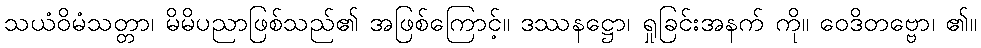
သယံဝိမံသတ္တာ၊ မိမိပညာဖြစ်သည်၏ အဖြစ်ကြောင့်။ ဒဿနဋ္ဌော၊ ရှုခြင်းအနက် ကို။ ဝေဒိတဗ္ဗော၊ ၏။